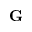
{ \bf G }